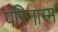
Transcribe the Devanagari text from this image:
परिनाम्म